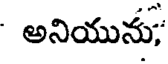
అనియును;